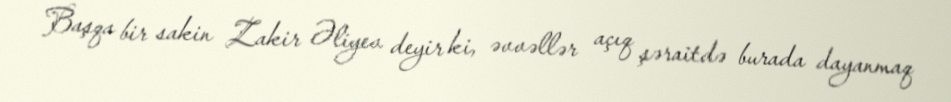
Başqa bir sakin Zakir Əliyev deyir ki, əvvəllər açıq şəraitdə burada dayanmaq